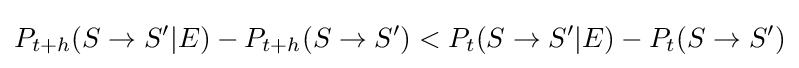
P_{t+h}(S\rightarrow S'|E)-P_{t+h}(S\rightarrow S')<P_{t}(S\rightarrow S'|E)-P_{t}(S\rightarrow S')